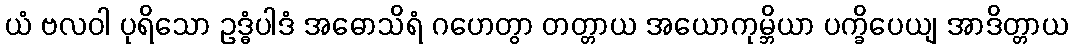
ယံ ဗလဝါ ပုရိသော ဥဒ္ဓံပါဒံ အဓောသိရံ ဂဟေတွာ တတ္တာယ အယောကုမ္ဘိယာ ပက္ခိပေယျ အာဒိတ္တာယ